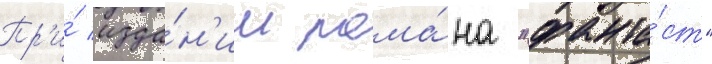
Пр'и́ изда́н'ии рома́на "фанта́ст"